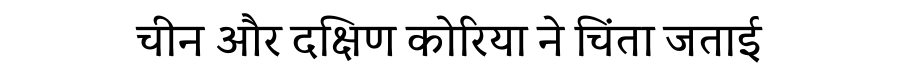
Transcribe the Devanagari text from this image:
चीन और दक्षिण कोरिया ने चिंता जताई